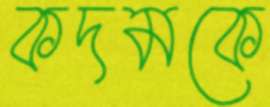
কদমকে